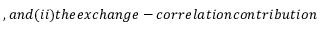
, a n d ( i i ) t h e e x c h a n g e - c o r r e l a t i o n c o n t r i b u t i o n